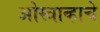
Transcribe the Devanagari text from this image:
ओस्त्राव्हाचे